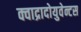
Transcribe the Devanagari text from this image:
क्वाद्रादोयुवेन्टस